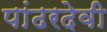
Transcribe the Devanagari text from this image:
पांढरदेवी